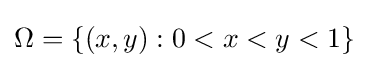
\Omega =\{(x,y):0<x<y<1\}